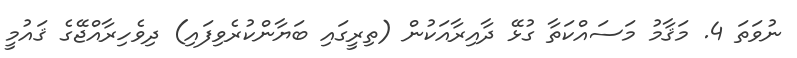
ނުވަތަ 4. މަޤާމު މަސައްކަތާ ގުޅޭ ދާއިރާއަކުން (ތިރީގައި ބަޔާންކުރެވިފައި) ދިވެހިރާއްޖޭގެ ޤައުމީ